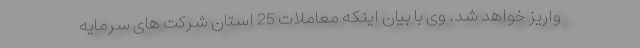
واریز خواهد شد. وی با بیان اینکه معاملات 25 استان شرکت های سرمایه